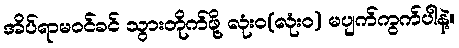
အိပ်ရာမဝင်ခင် သွားတိုက်ဖို့ လုံးဝ(လုံးဝ) မပျက်ကွက်ပါနဲ့။